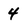
Character: 4